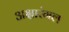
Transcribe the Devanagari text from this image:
अक्षारंगल